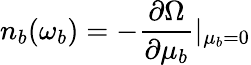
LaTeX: n_{b}(\omega_{b})=-\frac{\partial\Omega}{\partial\mu_{b}}|_{\mu_{b}=0}